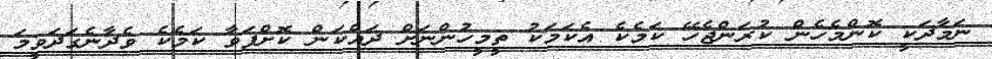
ނަމާދަކީ ކޮންމެހެން ކުރަންޖެހޭ ކަމެކެ އެކަމަކު ތީމީހުންނަށް ދައްކަން ކޮށްފަވާ ކަމެކެ ވެދާނެގަދަވީމަ